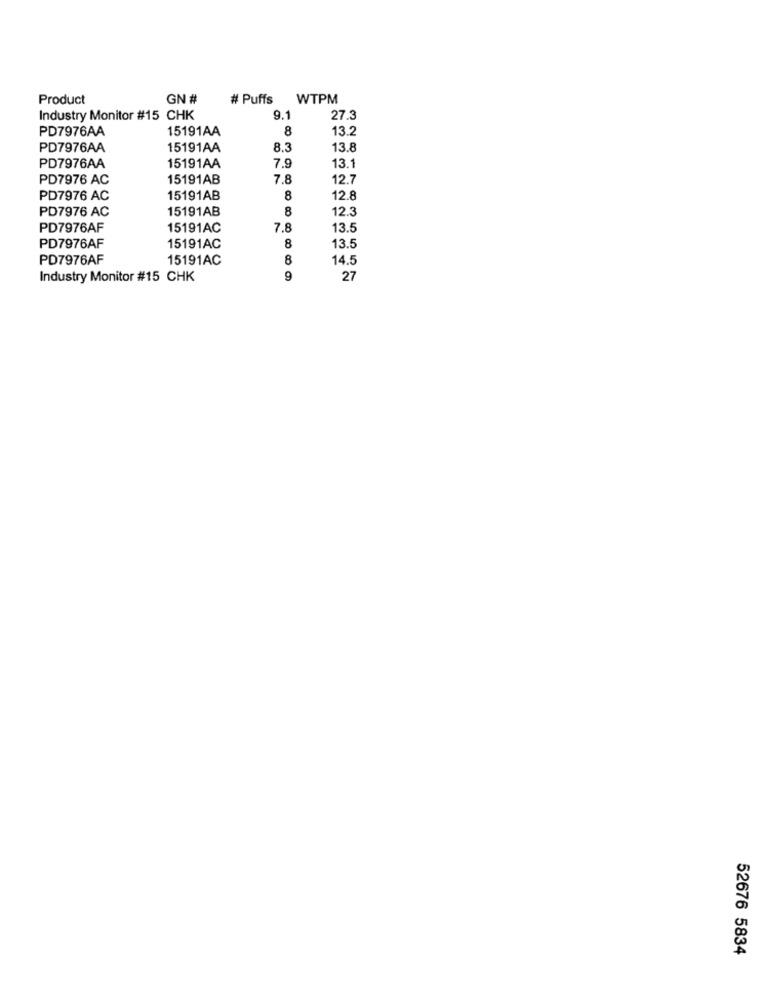
Product
GN #
# Puffs WTPM
Industry Monitor #15 CHK
9.1
27.3
PD7976AA
15191AA
8
13.2
PD7976AA
15191AA
8.3
13.8
PD7976AA
15191AA
7.9
13.1
PD7976 AC
15191AB
7.8
12.7
PD7976 AC
15191AB
8
12.8
PD7976 AC
15191AB
8
12.3
PD7976AF
15191AC
7.8
13.5
PD7976AF
8
15191AC
13.5
PD7976AF
15191AC
8
14.5
Industry Monitor #15 CHK
9
27
52676 5834